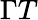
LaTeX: \Gamma T